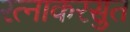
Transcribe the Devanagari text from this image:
रत्नाकरसुत